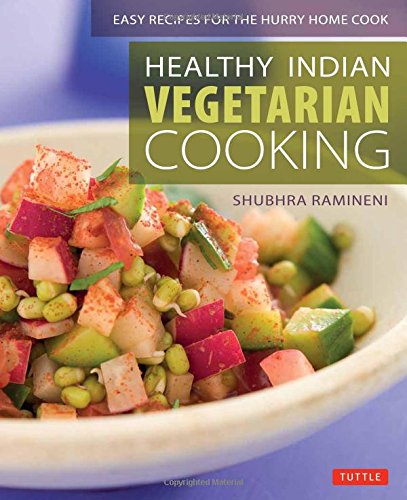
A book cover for Healthy Indian Vegetarian Cooking: Easy Recipes for the Hurry Home Cook [Vegetarian Cookbook, Over 80 Recipes]; Shubhra Ramineni; Cookbooks, Food & Wine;